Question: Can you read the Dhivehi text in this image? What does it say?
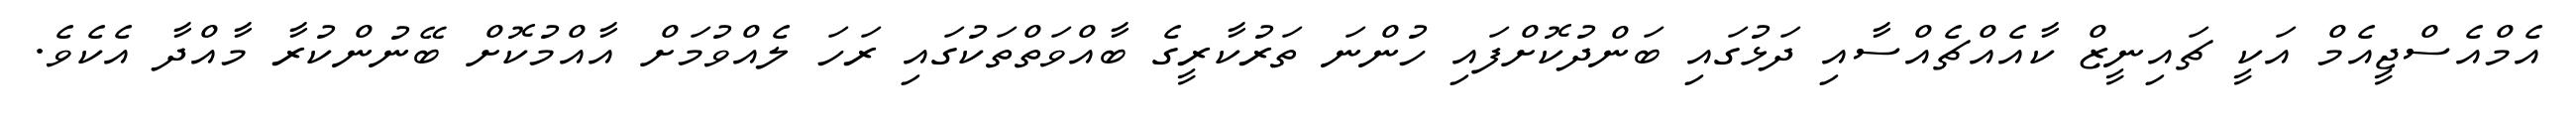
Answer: އެމްއެސްޖީއެމް އަކީ ޗައިނީޒް ކާއެއްޗެއްސާއި ދަޅުގައި ބަންދުކޮށްފައި ހުންނަ ތަރުކާރީގެ ބާއްވަތްތަކުގައި ރަހަ ލެއްވުމަށް އާއްމުކޮށް ބޭނުންކުރާ މާއްދާ އެކެވެ.